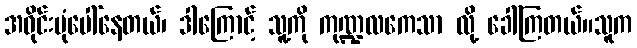
အဝိုင်းပုံပေါ်နေတယ်၊ ဒါကြောင့် သူ့ကို ကုဏ္ဍလကေသာ လို့ ခေါ်ကြတယ်။သူက